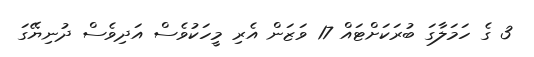
3 ގެ ހަމަލާގަ ބުރަކަށްޓައް 17 ވަޒަން އެރި މީހަކުވެސް އަދިވެސް ދުނިޔޭގަ